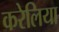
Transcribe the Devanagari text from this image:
करेलिया